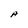
Character: A